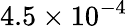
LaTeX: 4.5\times 10^{-4}